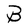
Character: B